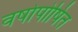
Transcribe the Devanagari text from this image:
वर्षापोषित